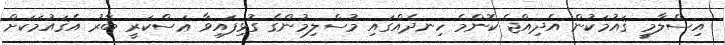
އިސްލާމީ ޤައުމަކުން އެދިއްޖެ ކޮންމެ ހިނދެއްގައި މުސްލިމުންގެ ގުޅިފައިވާ ޢަސްކަރީ ބާރު އެޤައުމަކަށް